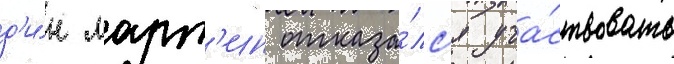
д'и́н март'ин отказа́лс'я уча́ствовать